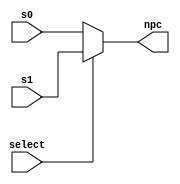
/*
Multiplexer Module which will pick between
the next sequential PC value and the 
PC Value calculated in the Execute stage
depending on the value of the select line
set in the Memory Stage.
*/
module muxIF(input [31:0] s0, s1,
			input select, 
			output [31:0] npc
			);

assign npc = (select) ? s1 : s0 ;

endmodule